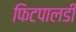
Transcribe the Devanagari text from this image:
फिटपालडी